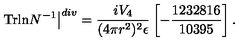
\left. \mathrm { T r l n } N ^ { - 1 } \right\vert ^ { d i v } = \frac { i V _ { 4 } } { ( 4 \pi r ^ { 2 } ) ^ { 2 } \epsilon } \left[ - \frac { 1 2 3 2 8 1 6 } { 1 0 3 9 5 } \right] .